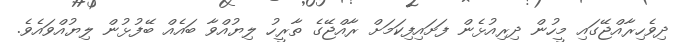
ދިވެހިރާއްޖޭގައި މީހުން ދިރިއުޅެން ފަށައިފިކަމަށް ރާއްޖޭގެ ތާރީހު ލިޔުއްވާ ބައެއް ބޭފުޅުން ލިޔުއްވައެވެ.